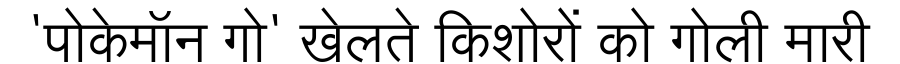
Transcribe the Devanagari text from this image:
'पोकेमॉन गो' खेलते किशोरों को गोली मारी